Civil Veterinary Department. United Provinces 1912-22 - 1912-1922
Year: 1912
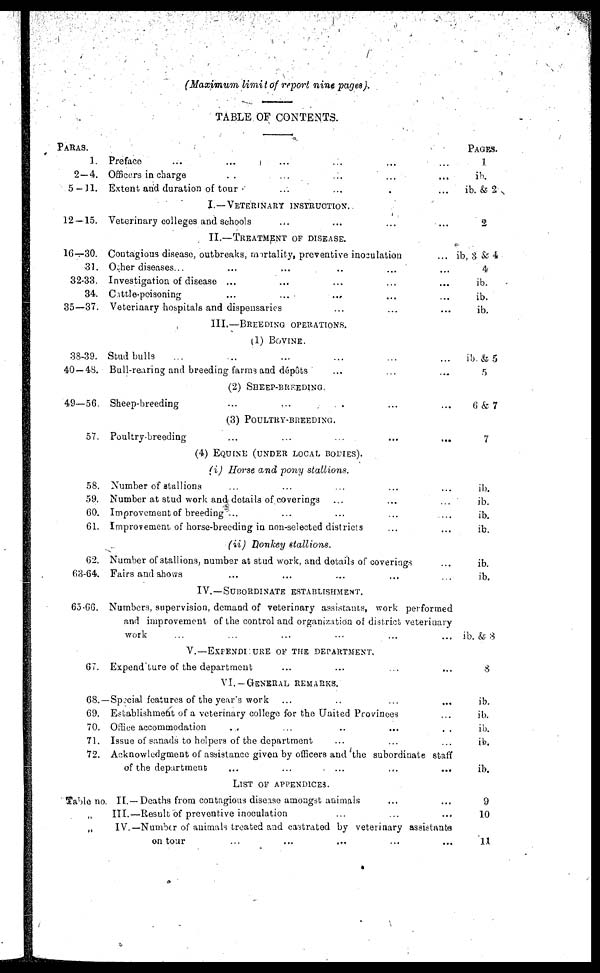
(Maximum limit of report nine pages).
TABLE OF CONTENTS.
PARAS.
1. Preface ... ... ... ...
2—4. Officers in charge ... ... ... .. ..
5 — 11. Extent and duration of tour ... ... ... ...
I.—VETERINARY
INSTUCTION.
12—15. Veterinary colleges and schools ... ... ...
II.—TREATMENT OF DISEASE.
16—30. Coutagious disease, outbreaks, martality, preventive inoculation
31. Other diseases ... ... ... ...
32-33. Investigation of disease ... ... ... ... ...
34. Cattle-poisoning
...
...
... ...
35—37. Veterinary hospitals and dispensaries ... ... ... ... ...
III.—BREEDING
OPERATIONS.
(1) BOVINE.
38-39. Stud bulls ... ... ... ... ...
40 — 48. Bull-rearing and breeding farms and dépôts ... ... ...
(2) SHEEP-BREEDING.
49—56. Sheep-breeding ... ... ... ... ...
(3)
POULTRY-BREEDING
57. Poultry-breeding ... ... ... ... ...
(4) EQUINE (UNDER LOCAL BODIES).
(i) Horse and pony stallions.
58. Number of stallions ... ... ... ... ...
59. Number at stud work and details of coverings ... ... ...
60. Improvement of breeding ... ... ... ... ...
61. Improvement of horse-breeding in non-selected districts ... ...
(ii) Donkey stallions.
62. Number of stallions, number at stud work, and details of coverings ...
63-64. Fairs and shows ... ... ... ... ...
IV.—SUBORDINATE
ESTABLISHMENT.
65-66. Numbers, supervision, demand of veterinary assistants, work performed
and improvement of the control and organization of district veterinary
work ... ... ... ... ... ...
V.—EXFENDITURE OF THE DEPARTMENT.
67. Expenditure of the department ... ... ... ... ... ... ...
VI. — GENERAL REMARKS.
68. —Special features of the year's work ... ... ... ...
69. Establishment of a veterinary college for the United Provinces ...
70. Office accommodation ... ... ... ... ...
71. Issue of sanads to helpers of the department ... ... ...
72. Acknowledgment of assistance given by officers and the subordinate staff
of the department ... ... ... ... ...
LIST OF APPENDICES.
Table no. II. —Deaths from contagious disease amongst animals ... ...
„ III.—Result of preventive inoculation ... ... ...
„ IV.—Number of animals treated and castrated by veterinary assistants
on tour ... ... ... ... ...
PAGES.
1
ib.
ib. & 2
2
ib, 3 & 4
4
ib.
ib.
ib.
ib. & 5
5
6 & 7
7
ib.
ib.
ib.
ib.
ib.
ib.
ib. & 8
8
ib.
ib.
ib.
ib.
ib.
9
10
11